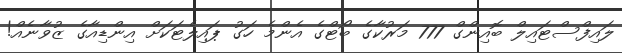
ލައިފްސްޓައިލް ބޮއިންގް 777 މަރުކާގެ ބޯޓްގެ އެންމެ ހަގު ޕައިލެޓަކަށް އިންޑިއާގެ ޒުވާނެއް!